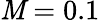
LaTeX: \mathit{M}=0.1